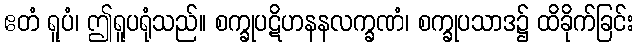
ဧတံ ရူပံ၊ ဤရူပရုံသည်။ စက္ခုပဋိဟနနလက္ခဏံ၊ စက္ခုပသာဒ၌ ထိခိုက်ခြင်း